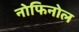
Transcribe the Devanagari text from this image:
नोफिनोल